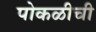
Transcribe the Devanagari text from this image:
पोकळीची